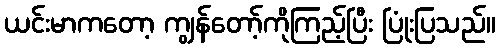
ယင်းမာကတော့ ကျွန်တော့်ကိုကြည့်ပြီး ပြုံးပြသည်။